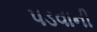
પડવાની